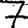
Digit: 7